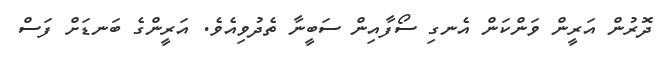
ދޮރުން އަރީން ވަންކަން އެނގި ސޯފާއިން ސަބީނާ ތެދުވިއެވެ. އަރީންގެ ބަނޑަށް ފަސް